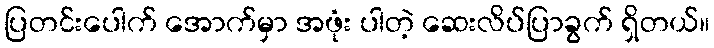
ပြတင်းပေါက် အောက်မှာ အဖုံး ပါတဲ့ ဆေးလိပ်ပြာခွက် ရှိတယ်။